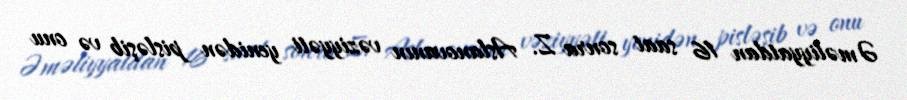
Əməliyyatdan 16 saat sonra Z. Aslanovanın vəziyyəti yenidən pisləşib və onu